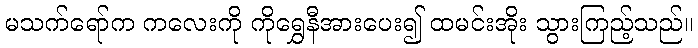
မသက်ရော်က ကလေးကို ကိုရွှေနီအားပေး၍ ထမင်းအိုး သွားကြည့်သည်။